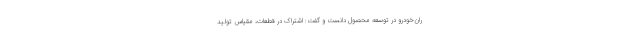
ران‌خودرو در توسعه محصول دانست و گفت: اشتراک در قطعات، مقیاس تولید